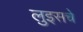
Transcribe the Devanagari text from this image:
लुइसचे